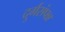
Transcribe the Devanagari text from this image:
दुर्गसंपन्न